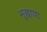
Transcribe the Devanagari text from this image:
भूछाया